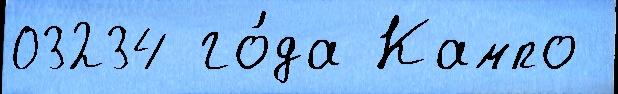
03234 го́да Кампо